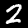
Digit: 2